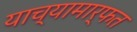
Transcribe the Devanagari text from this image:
याच्यामार्फत